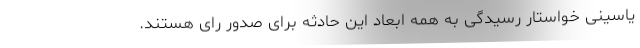
یاسینی خواستار رسیدگی به همه ابعاد این حادثه برای صدور رای هستند.